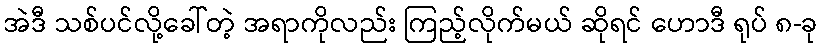
အဲဒီ သစ်ပင်လို့ခေါ်တဲ့ အရာကိုလည်း ကြည့်လိုက်မယ် ဆိုရင် ဟောဒီ ရုပ် ၈-ခု